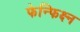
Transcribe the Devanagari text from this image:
फेन्फिक्ष्न